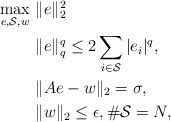
LaTeX: \begin{align*}\begin{aligned}\max_{e,\mathcal S,w}&~\|e\|_2^2\\&~\|e\|_{q}^{q}\leq2\sum_{i\in \mathcal S}|e_i|^{q},\\&~\|{A}e-w\|_2=\sigma,\\&~\|w\|_2\leq\epsilon,\#\mathcal S=N,\end{aligned}\end{align*}